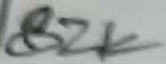
Text: 82K